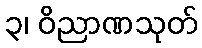
၃၊ ဝိညာဏသုတ်